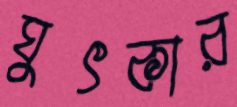
ঘুৎকার